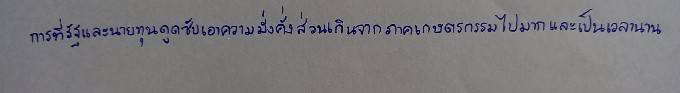
การที่รัฐและนายทุนดูดซับเอาความมั่งคั่งส่วนเกินจากภาคเกษตรกรรมไปมากและเป็นเวลานาน